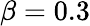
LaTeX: \beta=0.3